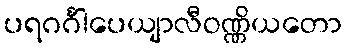
ပရဂင်္ဂါပေယျာလီဝဏ္ဏိယတော